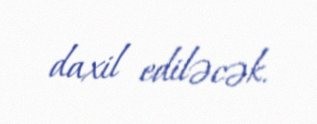
daxil ediləcək.